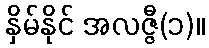
နှိမ်နိုင် အလဇ္ဇီ(၁)။